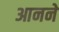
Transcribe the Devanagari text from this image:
आनने